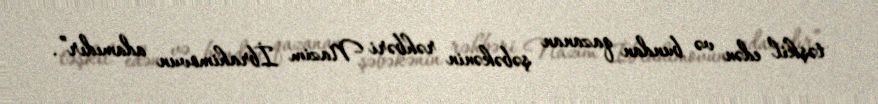
təşkil edən və bundan qazanan şəbəkənin rəhbəri Nazim İbrahimovun adamıdır”.